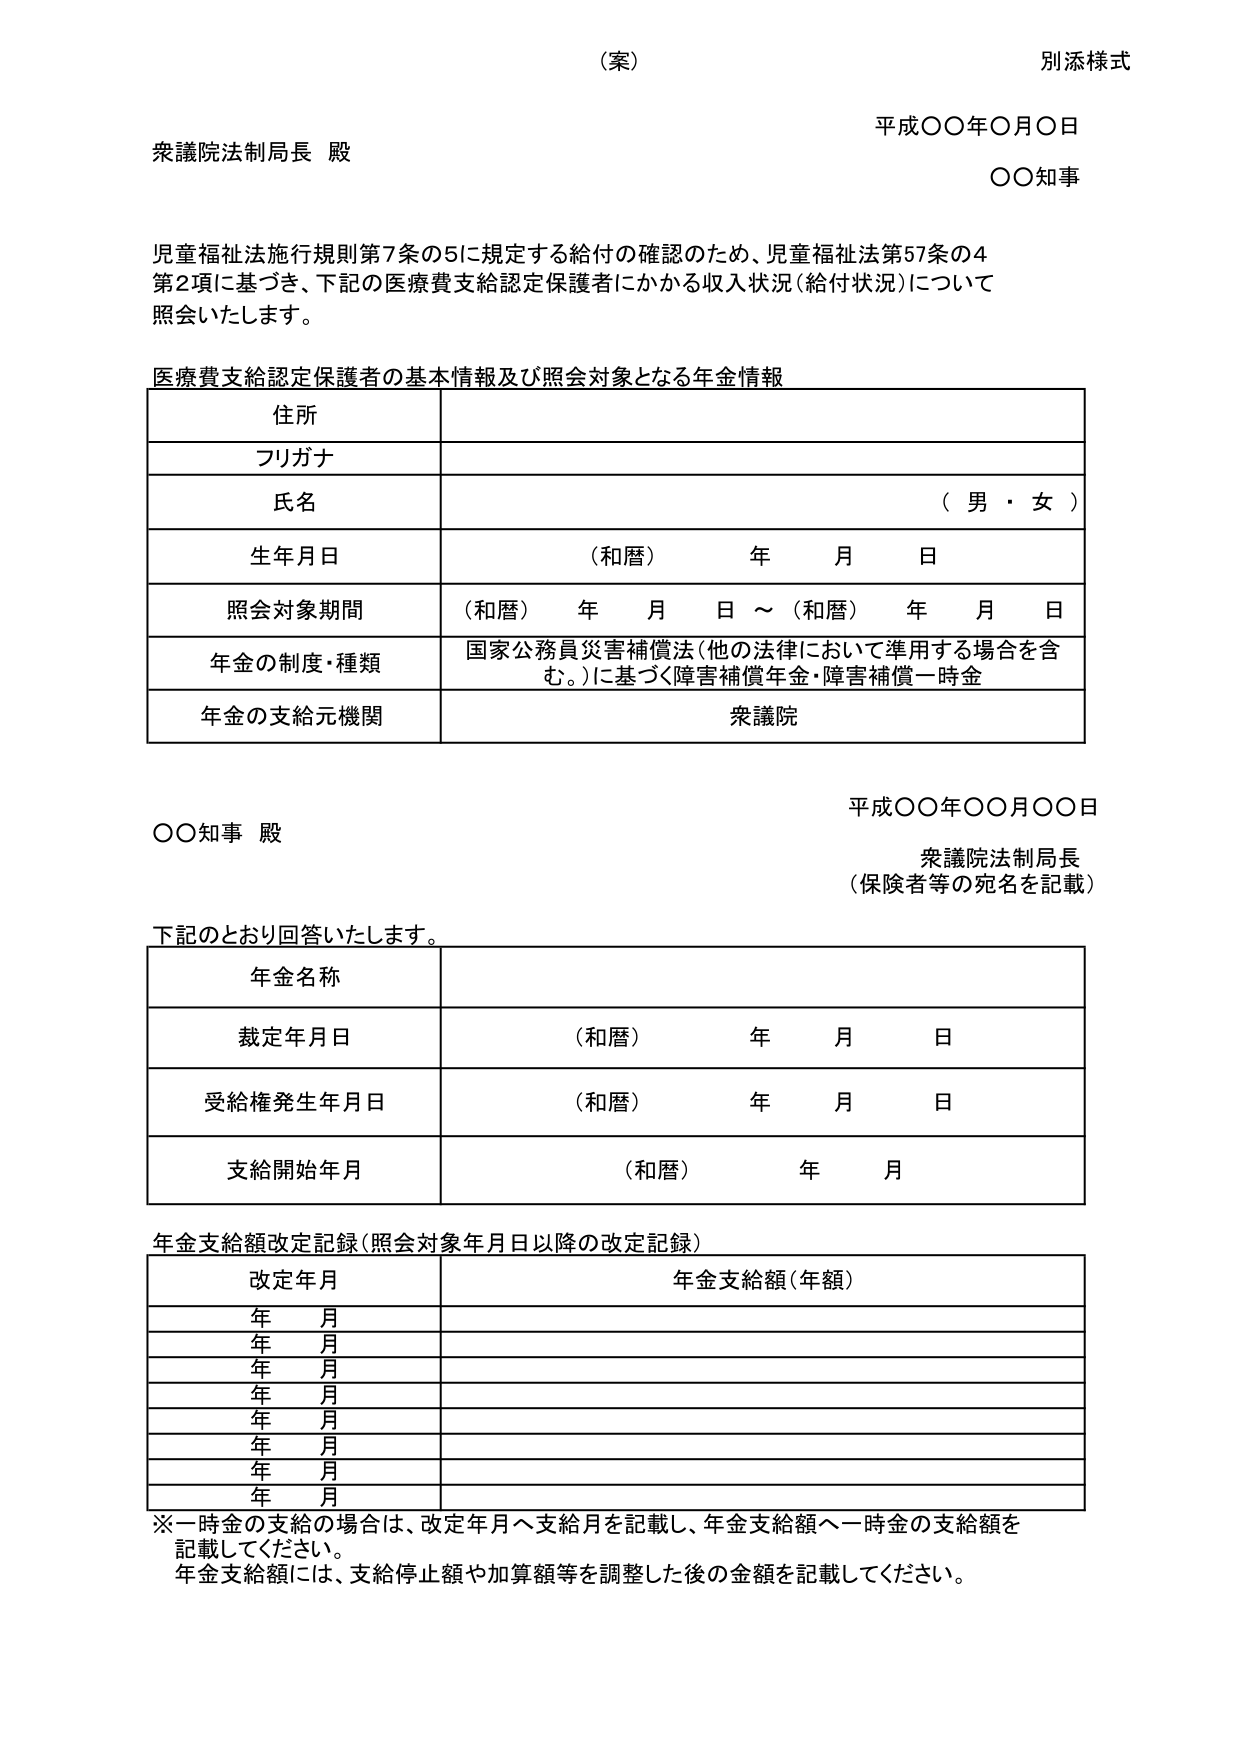
（案）
別添様式

平成〇〇年〇月〇日
衆議院法制局長 殿
〇〇知事

児童福祉法施行規則第7条の5に規定する給付の確認のため、児童福祉法第57条の4
第2項に基づき、下記の医療費支給認定保護者にかかる収入状況（給付状況）について
照会いたします。

医療費支給認定保護者の基本情報及び照会対象となる年金情報

住所
フリガナ
氏名 （男・女）
生年月日 （和暦） 年 月 日
照会対象期間 （和暦） 年 月 日 ～ （和暦） 年 月 日
年金の制度・種類 国家公務員災害補償法（他の法律において準用する場合を含む。）に基づく障害補償年金・障害補償一時金
年金の支給元機関 衆議院

平成〇〇年〇〇月〇〇日
〇〇知事 殿
衆議院法制局長
（保険者等の宛名を記載）

下記のとおり回答いたします。

年金名称
裁定年月日 （和暦） 年 月 日
受給権発生年月日 （和暦） 年 月 日
支給開始年月 （和暦） 年 月

年金支給額改定記録（照会対象年月日以降の改定記録）

改定年月 年金支給額（年額）
年 月
年 月
年 月
年 月
年 月
年 月
年 月
年 月

※一時金の支給の場合は、改定年月へ支給月を記載し、年金支給額へ一時金の支給額を記載してください。
年金支給額には、支給停止額や加算額等を調整した後の金額を記載してください。